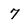
Character: 7